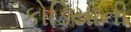
કોડિયાની